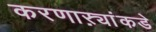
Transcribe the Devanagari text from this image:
करणाऱ्यांकडे